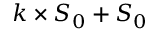
k \times S _ { 0 } + S _ { 0 }